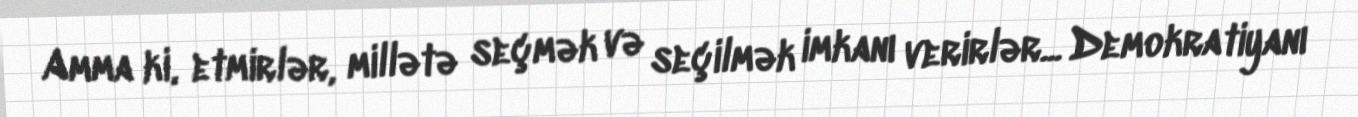
Amma ki, etmirlər, millətə seçmək və seçilmək imkanı verirlər... Demokratiyanı